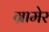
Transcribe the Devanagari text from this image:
ग्रामेर